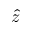
\hat { z }